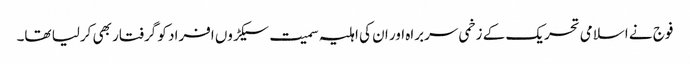
فوج نے اسلامی تحریک کے زخمی سربراہ اور ان کی اہلیہ سمیت سیکڑوں افراد کو گرفتار بھی کرلیا تھا۔